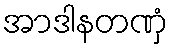
အာဒါနတဏှံ